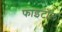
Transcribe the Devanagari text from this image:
फाइटॉल